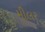
મીલર